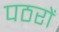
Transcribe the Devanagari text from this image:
पठरों